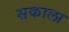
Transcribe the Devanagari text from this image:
सकाला